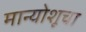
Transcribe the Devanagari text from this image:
मान्योशूचा